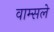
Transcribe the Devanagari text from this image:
वाम्सले